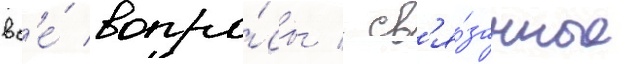
вс'е́ вопро́сы / св'я́занные